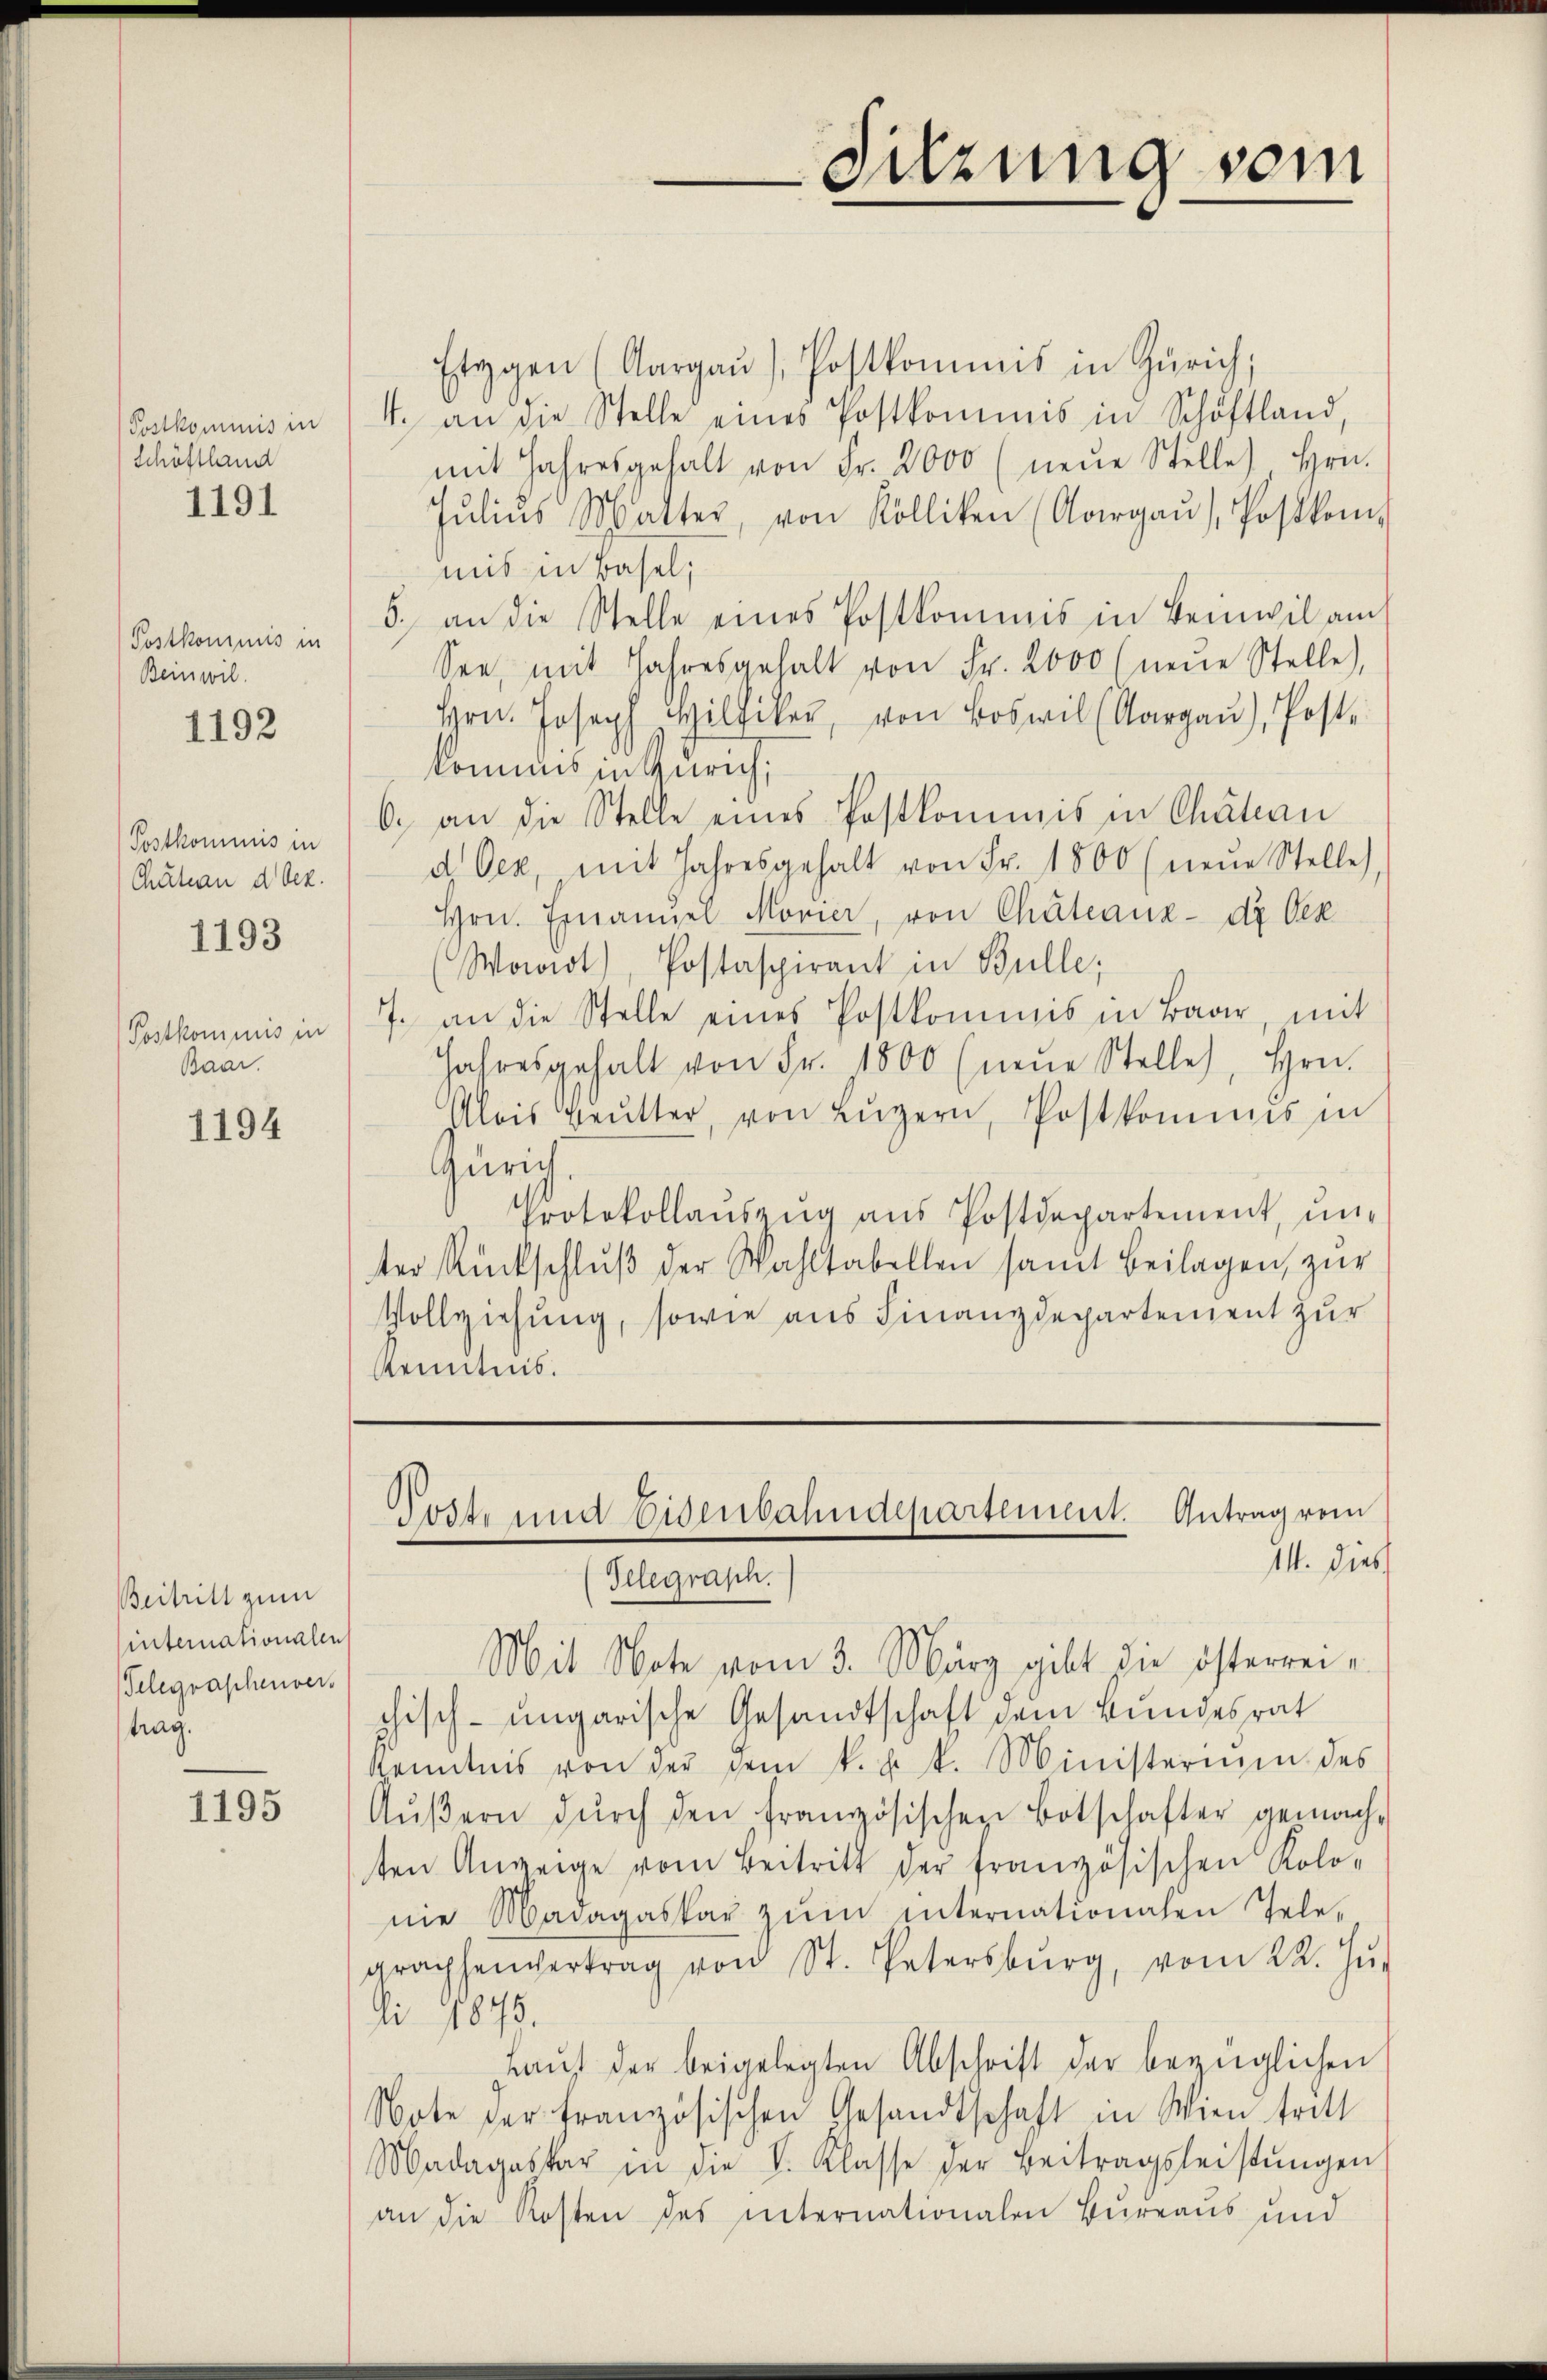
Postkommis in
Schöftland
1191

Postkommis in
Beinwil

1192

Postkommnis in
Chutian d bez.
1193

Postkommnis in
Baar.

1194

Beitritt zum
internationalen
Telegraphenvers
trag.

1195

Etagen (Aargaŭ, Postkommis in Zürich;
4. an die Stelle eines Postkommis in Schöftland,
mit Jahresgehalt von Fr. 2000 (neŭe Stelle) hrn.
Julius Matter, von Kölliken (Aargaŭ, Postkommit in Basel;
5. an die Stelle eines Postkommis in Beinwil am
See, mit Jahresgehalt von Fr. 2000 (neue Stelle),
Hrn. Joseph Hilfiker, von Boswil (Aargaŭ), Post
kommes in Zürich;
6. an die Stelle eines Postkommnis in Chatian
d Oez, mit Jahresgehalt von Fr. 1800 (neŭe Stelle
Hrn. Emanuel Morier, von Chateauz- dr. Oes
Waadt, Postaspirant in Bulle;
7. an die Stelle eines Postkommis in Baar, mit
Jahresgehalt von Fr. 1800 (neŭe Stelle, Hrn.
Alois Brŭtter, von Lŭzern, Postkommis in
Zürich,
Protokollaŭseng ans Postdepartement, ŭn-
ter Rückschlŭβ der Wahltabellen samt Beilagen zŭr
Vollziehung, sowie aus Finanzdepartement zur
Kenntnis.

Sitzung vom

Mit Note vom 3. März gibt die österreichisch-ungarische Gesandtschaft dem Bundesrat
Kenntnis von der dem k. u. k. Ministerium des
Aŭβern dŭrch den französischen Botschafter gemach-
ten Anzeige vom Beitritt der französischen Kolo-
nie Madagaskar zŭm internationalen Tele-
grachenvertrag von St. Petersburg, vom 22. Jŭ-
li 1875.
Haŭs der beigelegten Abschrift der bezüglichen
Note der französischen Gesandtschaft in Wien tritt
Madagaspar in die V. Klasse der Beitragsleistŭngen
an die Kosten des internationalen Bureaus und

Post und Eisenbahndepartement. Antrag vom
14. Dies
Gelegrasch.